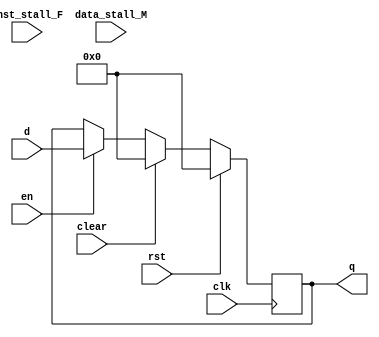
`timescale 1ns / 1ps

//flip-flop with enable,rst,clear
module flopenrc #(parameter WIDTH = 8)(
	input wire clk,rst,en,clear,inst_stall_F,data_stall_M,
	input wire[WIDTH-1:0] d,
	output reg[WIDTH-1:0] q
    );
	always @(posedge clk) begin
		if(rst) begin
			q <= 0;
		end else if(clear) begin
			q <= 0;
		end else if(en) begin
			q <= d;
		end
	end
endmodule